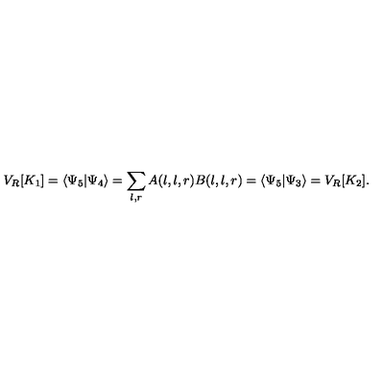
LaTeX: V _ { R } [ K _ { 1 } ] = \langle \Psi _ { 5 } | \Psi _ { 4 } \rangle = \sum _ { l , r } A ( l , l , r ) B ( l , l , r ) = \langle \Psi _ { 5 } | \Psi _ { 3 } \rangle = V _ { R } [ K _ { 2 } ] .